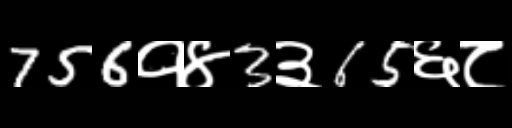
Text: 756१४3३65६८